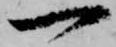
一